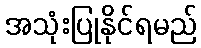
အသုံးပြုနိုင်ရမည်